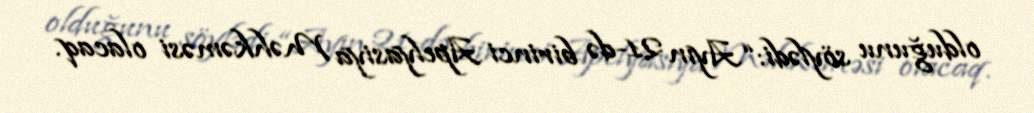
olduğunu söylədi: “Ayın 21-də birinci Apelyasiya Məhkəməsi olacaq.